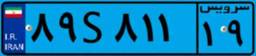
۲۸S۵۶۵۶۸